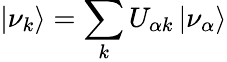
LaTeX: |\nu_{k}\rangle=\sum_{k}U_{\alpha k}\, |\nu_{\alpha}\rangle